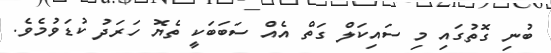
ބުނި ގޮތުގައި މި ސައިކަލް ގަތް އެއް ސަބަބަކީ ތެޔޮ ހަރަދު ކުޑަވުމެވެ.